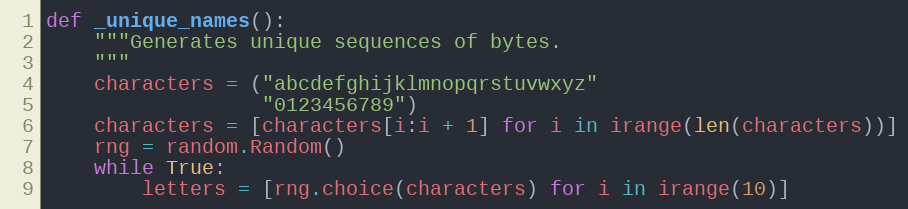
Language: Python
def _unique_names():
    """Generates unique sequences of bytes.
    """
    characters = ("abcdefghijklmnopqrstuvwxyz"
                  "0123456789")
    characters = [characters[i:i + 1] for i in irange(len(characters))]
    rng = random.Random()
    while True:
        letters = [rng.choice(characters) for i in irange(10)]